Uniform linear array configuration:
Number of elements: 32
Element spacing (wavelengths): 0.5
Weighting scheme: exponential
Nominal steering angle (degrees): -45
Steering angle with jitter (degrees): -45.473
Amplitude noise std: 0.05
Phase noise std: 0.05

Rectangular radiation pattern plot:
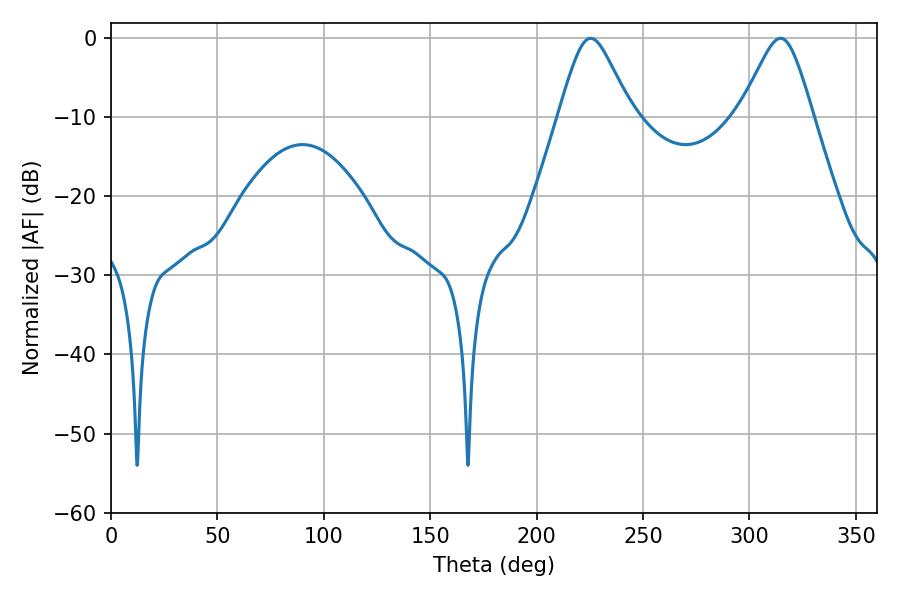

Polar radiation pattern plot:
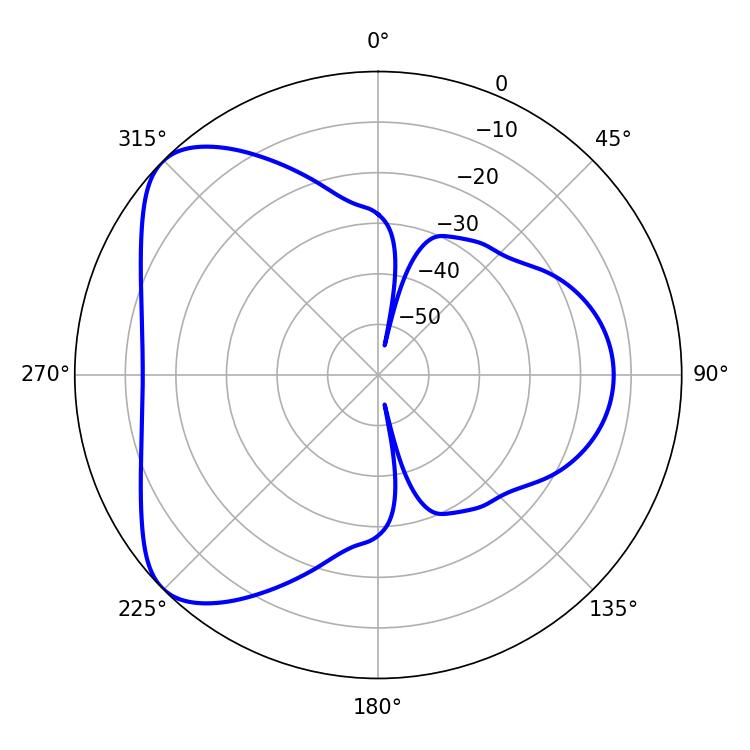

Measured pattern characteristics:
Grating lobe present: FALSE
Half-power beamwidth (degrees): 16.56
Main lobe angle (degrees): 225.36